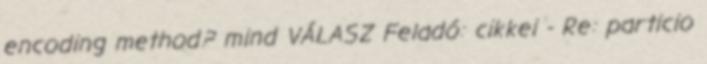
encoding method? mind VÁLASZ Feladó: cikkei - Re: particio